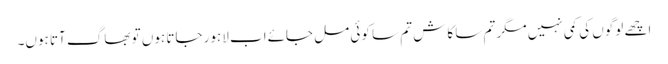
اچھے لوگوں کی کمی نہیں مگر تم سا کاش تم سا کوئی مل جائےاب لاہور جاتا ہوں تو بھاگ آتا ہوں۔